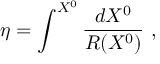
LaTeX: \eta = \int ^ { X ^ { 0 } } \frac { d X ^ { 0 } } { R ( X ^ { 0 } ) } ~ ,